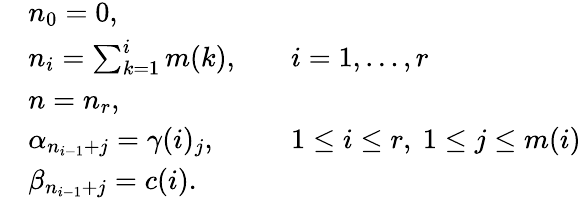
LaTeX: {\begin{array}{rlrl}&{n_{0}=0,}&&{}\\ &{n_{i}=\sum_{k=1}^{i}m(k),}&&{i=1,\ldots,r}\\ &{n=n_{r},}&&{}\\ &{\alpha_{n_{i-1}+j}=\gamma(i)_{j},}&&{1\leq i\leq r,\ 1\leq j\leq m(i)}\\ &{\beta_{n_{i-1}+j}=c(i).}\end{array}}